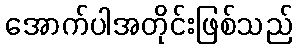
အောက်ပါအတိုင်းဖြစ်သည်